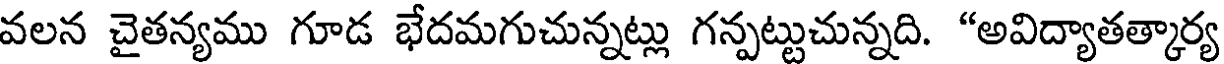
వలన చైతన్యము గూడ భేదమగుచున్నట్లు గన్పట్టుచున్నది. "అవిద్యాతత్కార్య